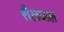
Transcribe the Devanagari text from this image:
शैलजल